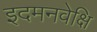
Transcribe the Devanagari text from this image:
इदमनवेक्षि